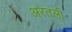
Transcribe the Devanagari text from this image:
अरतली